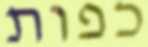
כפות